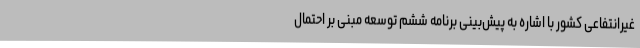
غیرانتفاعی کشور با اشاره به پیش‌بینی برنامه ششم توسعه مبنی بر احتمال